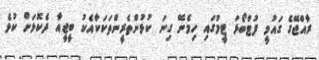
ރާއްޖޭގެ ގައުމީ ފުޓްބޯޅަ ޓީމުގައި ހިމެނޭ ގިނަ ކުޅުންތެރީންތަކަކާއެކު ބީޖީއާ ދެކޮޅަށް ކުޅެ